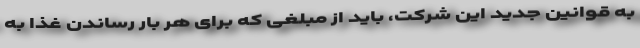
به قوانین جدید این شرکت، باید از مبلغی که برای هر بار رساندن غذا به